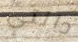
دانتى